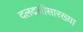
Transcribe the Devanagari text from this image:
दलदलीसारख्या